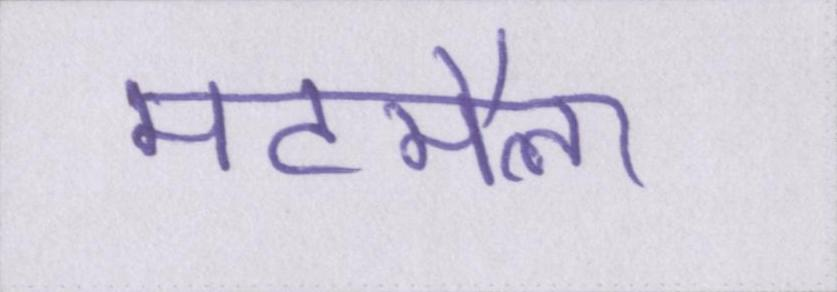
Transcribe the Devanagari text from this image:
मटमैला